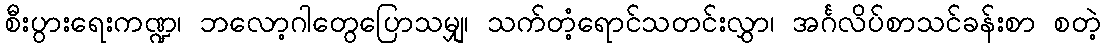
စီးပွားရေးကဏ္ဍ၊ ဘလော့ဂါတွေပြောသမျှ၊ သက်တံ့ရောင်သတင်းလွှာ၊ အင်္ဂလိပ်စာသင်ခန်းစာ စတဲ့